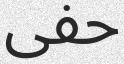
حفى